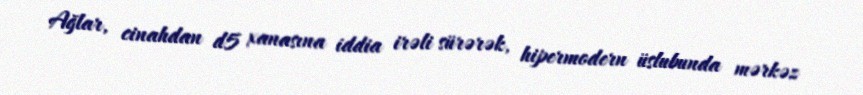
Ağlar, cinahdan d5 xanasına iddia irəli sürərək, hipermodern üslubunda mərkəz